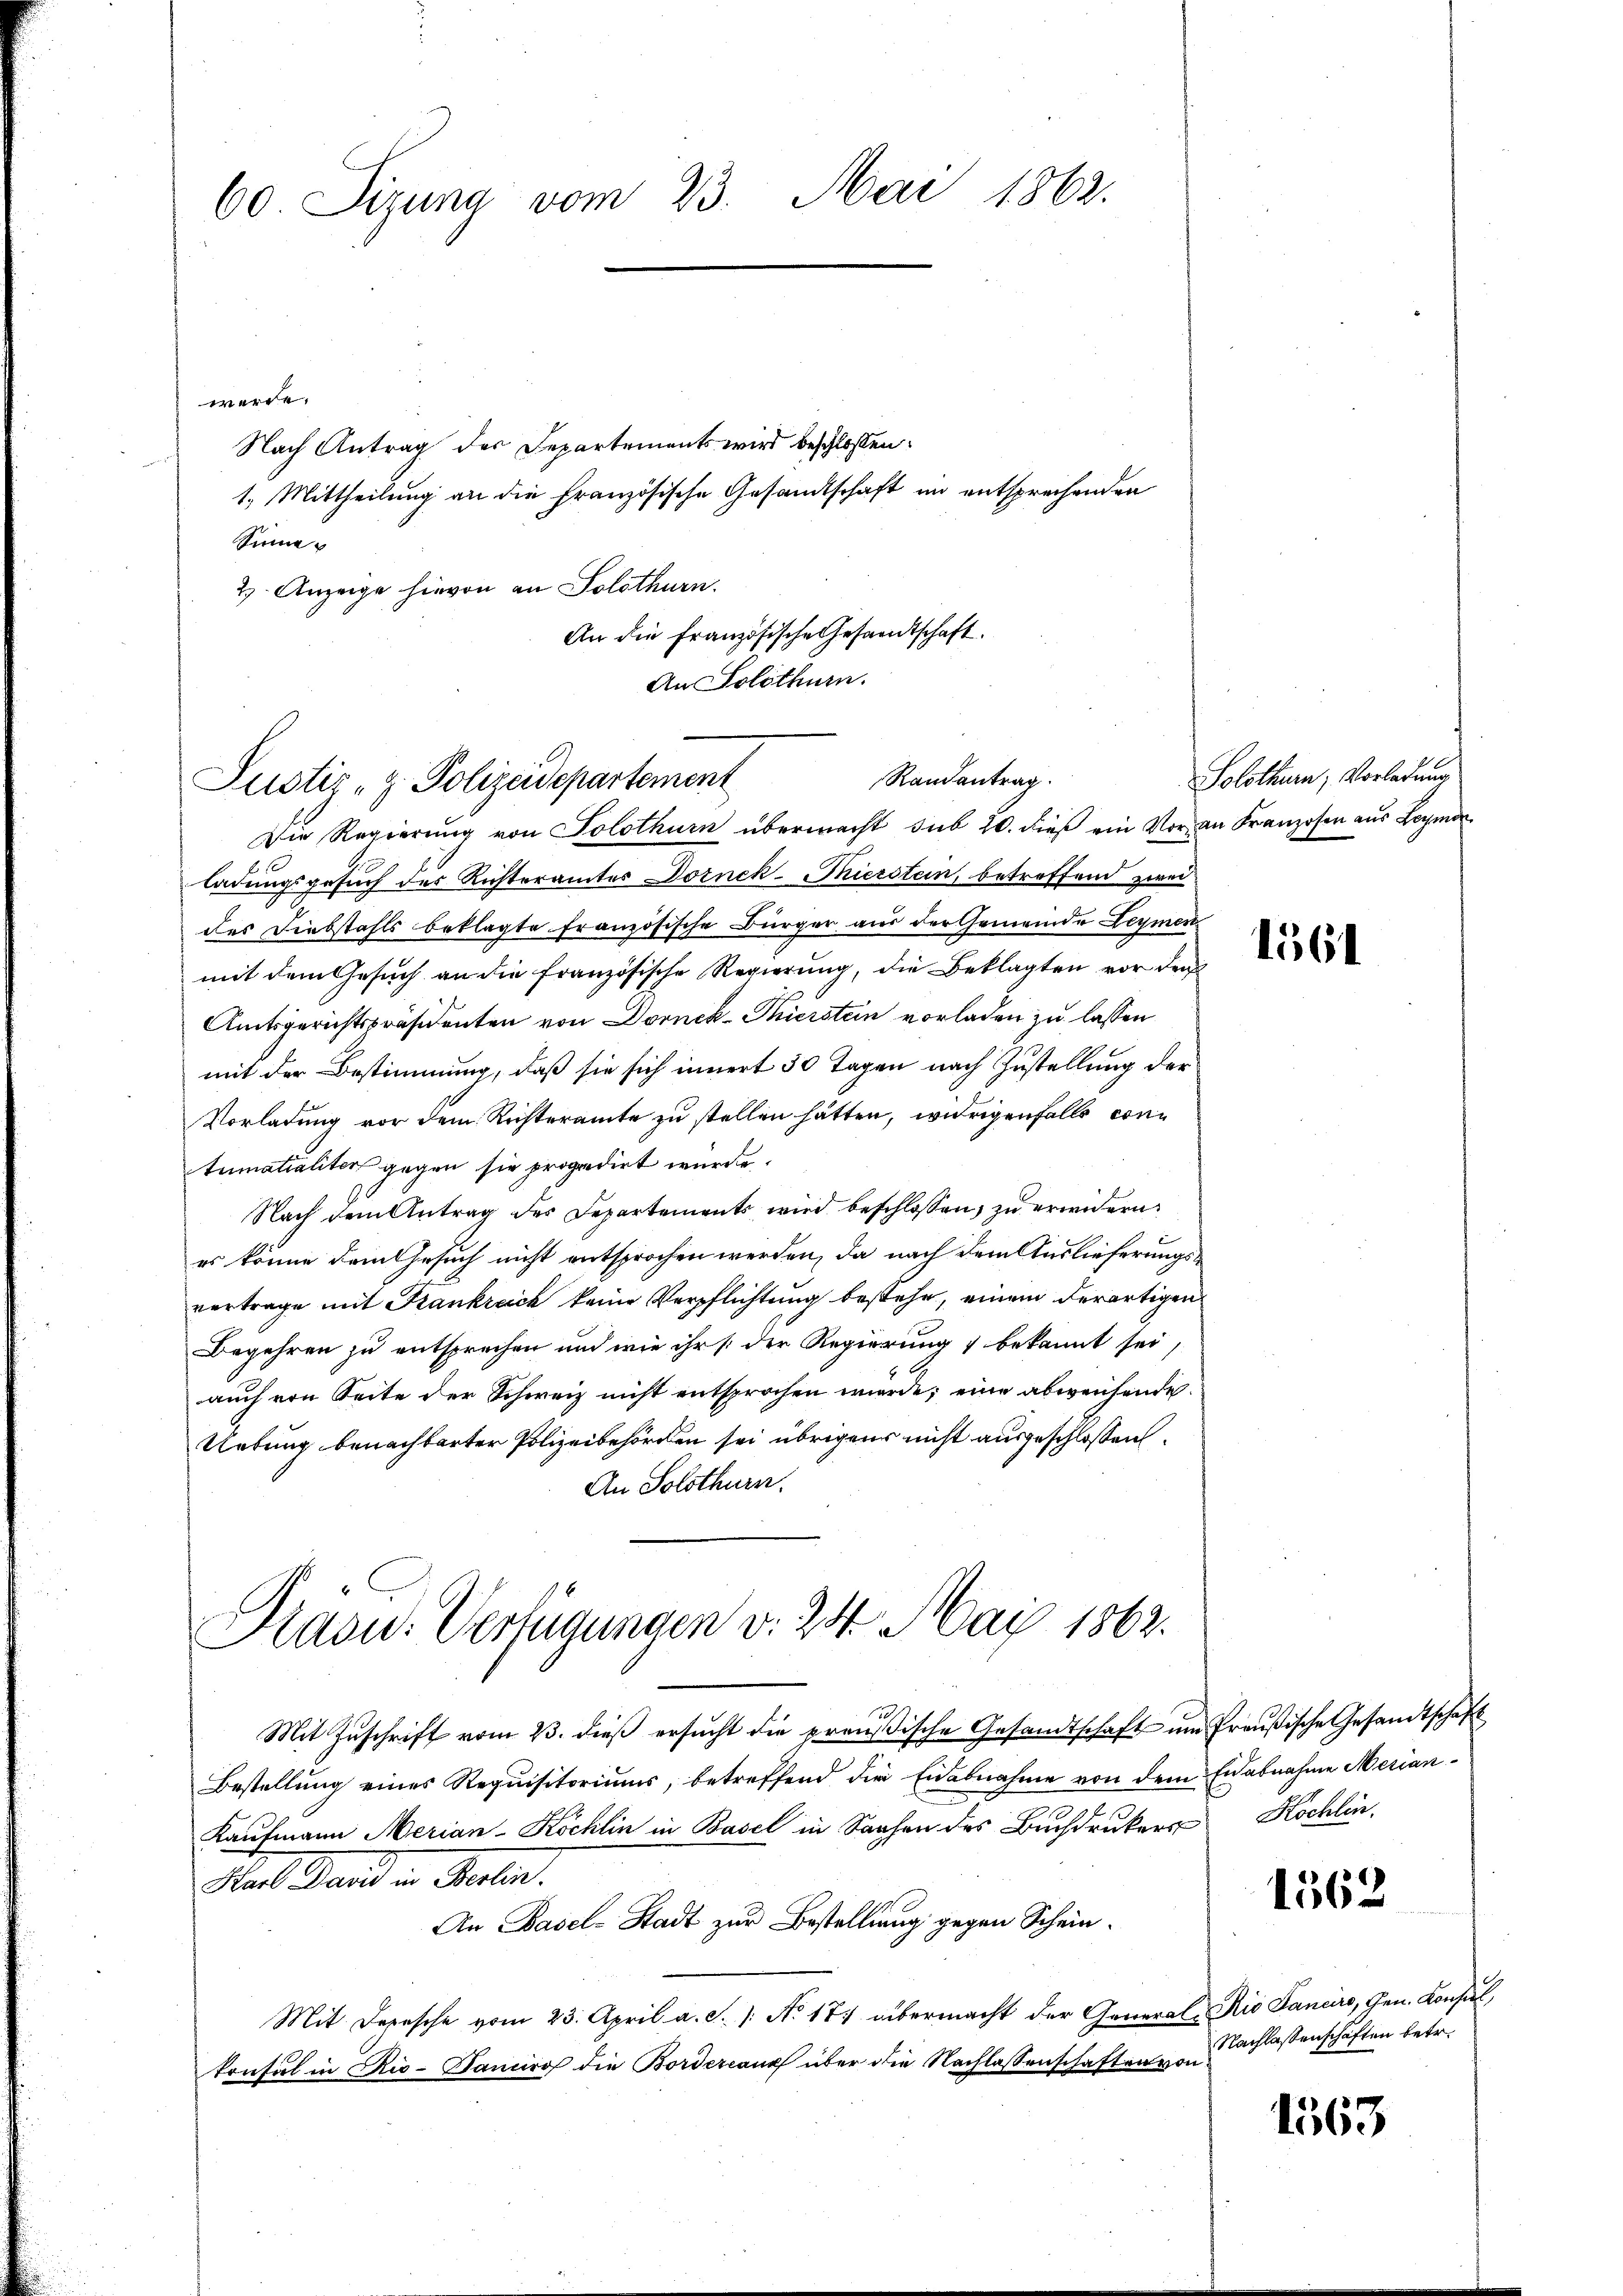
60 Sizung vom 23. Mai 1862.

werde.
Nach Antrag der Departements wird beschlossen:
1.) Mittheilung an die Französische Gesandtschaft im entsprechenden
Sinne
2) Anzeige hievon an Solothurn.
An die Französische Gesandtschaft
Die Regierŭng von Solothurn übermacht sub 20. dieβ ein Vor an Franzosen aus Leymon
b
ladungsgesuch des Richterämter Dornek-Pierstein, betreffend zwei
des Diebstahls beklagte französische Bürger aus der Gemeinde Leymen
mit dem Gesuch an die französische Regierung, die Beklagten vor den
Amtsgerichtspräsidenten von Dornck-Thierstein vorladen zu lassen
mit der Bestimmung, daß sie sich innert 30 Tagen nach Zustellung der
Vorladung vor dem Richteramte zu stellen hätten, widrigenfalls contumatialiter gegen sie propedirt wurde.
Nach dem Antrag des Departements wird beschlossen, zu erwidern
.
es könne dem Gesuch nicht entsprochen werden, da nach dem Auslieferungsvertrage mit Krankreich keine Verpflichtung bestehe, einem derartigen
Begehren zu entsprechen und wie ihr der Regierung & bekannt sei,
auch von Seite der Schweiz nicht entsprochen werde; eine abweichende
Uebung benachbarter Polizeibehörden sei übrigens nicht ausgeschlossen.
An Solothurn.
Kraou. Verfügungen v. 24. Mai 1862.
Mit Zuschrift vom 23. dieß ersucht die preußische Gesandtschaft um Preußische Gesandtschaft
Bestellung eines Requisitoriums, betreffend die Eidabnahme von dem Eidabnahme Merian¬
Kaufmann Merian-Köchlin in Basel in Sachen des Buchdrukers Kochlin
Mad Hand u. Mater.
An Basel-Stadt zur Bestellung gegen Schein¬
Mit. Depesche vom 23. April a. S. /: No 17. übermacht der General-
konsul in Rio-Panciro die Bordereaux über die Nachlassenschaften von

An Solothurn.
Randantrag.
Justiz- & Polizeidepartement

Solothurn, Vorladung

1561

1562

Rio Sancis, Gen. Konsul
Nachlassenschaften betr.

1563